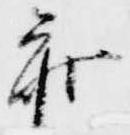
参